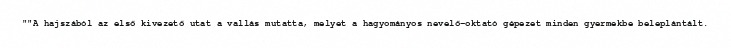
""A hajszából az első kivezető utat a vallás mutatta, melyet a hagyományos nevelő-oktató gépezet minden gyermekbe beleplántált.